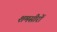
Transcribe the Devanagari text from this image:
शमसीरों